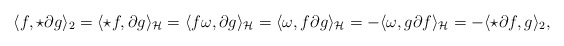
\begin{align*}\langle f , \star \partial g \rangle_2=\langle \star f , \partial g \rangle_\mathcal{H}=\langle f \omega , \partial g \rangle_\mathcal{H}=\langle \omega , f \partial g \rangle_\mathcal{H}=-\langle \omega , g \partial f \rangle_\mathcal{H}=-\langle \star \partial f, g\rangle_2,\end{align*}